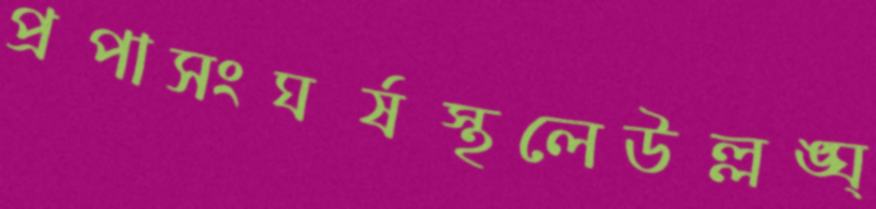
প্রপাসংঘর্ষস্থলেউল্লঙ্ঘ্